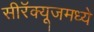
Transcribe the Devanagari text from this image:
सीरॅक्यूजमध्ये